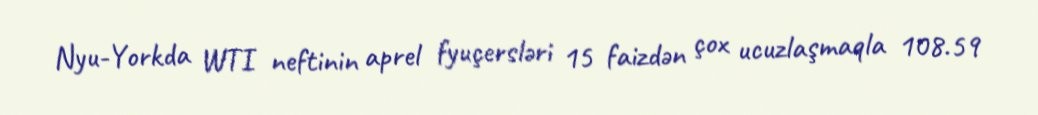
Nyu-Yorkda WTI neftinin aprel fyuçersləri 15 faizdən çox ucuzlaşmaqla 108.59